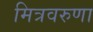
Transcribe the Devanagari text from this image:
मित्रवरुणा